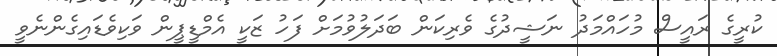
ކުރީގެ ރައީސް މުހައްމަދު ނަޝީދުގެ ވެރިކަން ބަދަލުވުމަށް ފަހު ޒަކީ އެމްޑީޕީން ވަކިވެޑައިގެންނެވީ